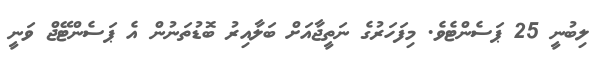
ލިބުނީ 25 ޕަސެންޓެވެ. މިފަހަރުގެ ނަތީޖާއަށް ބަލާއިރު ބޮޑުތަނުން އެ ޕަސެންޓޭޖް ވަނީ